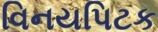
વિનયપિટક